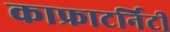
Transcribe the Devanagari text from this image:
काफ्राटर्निटी